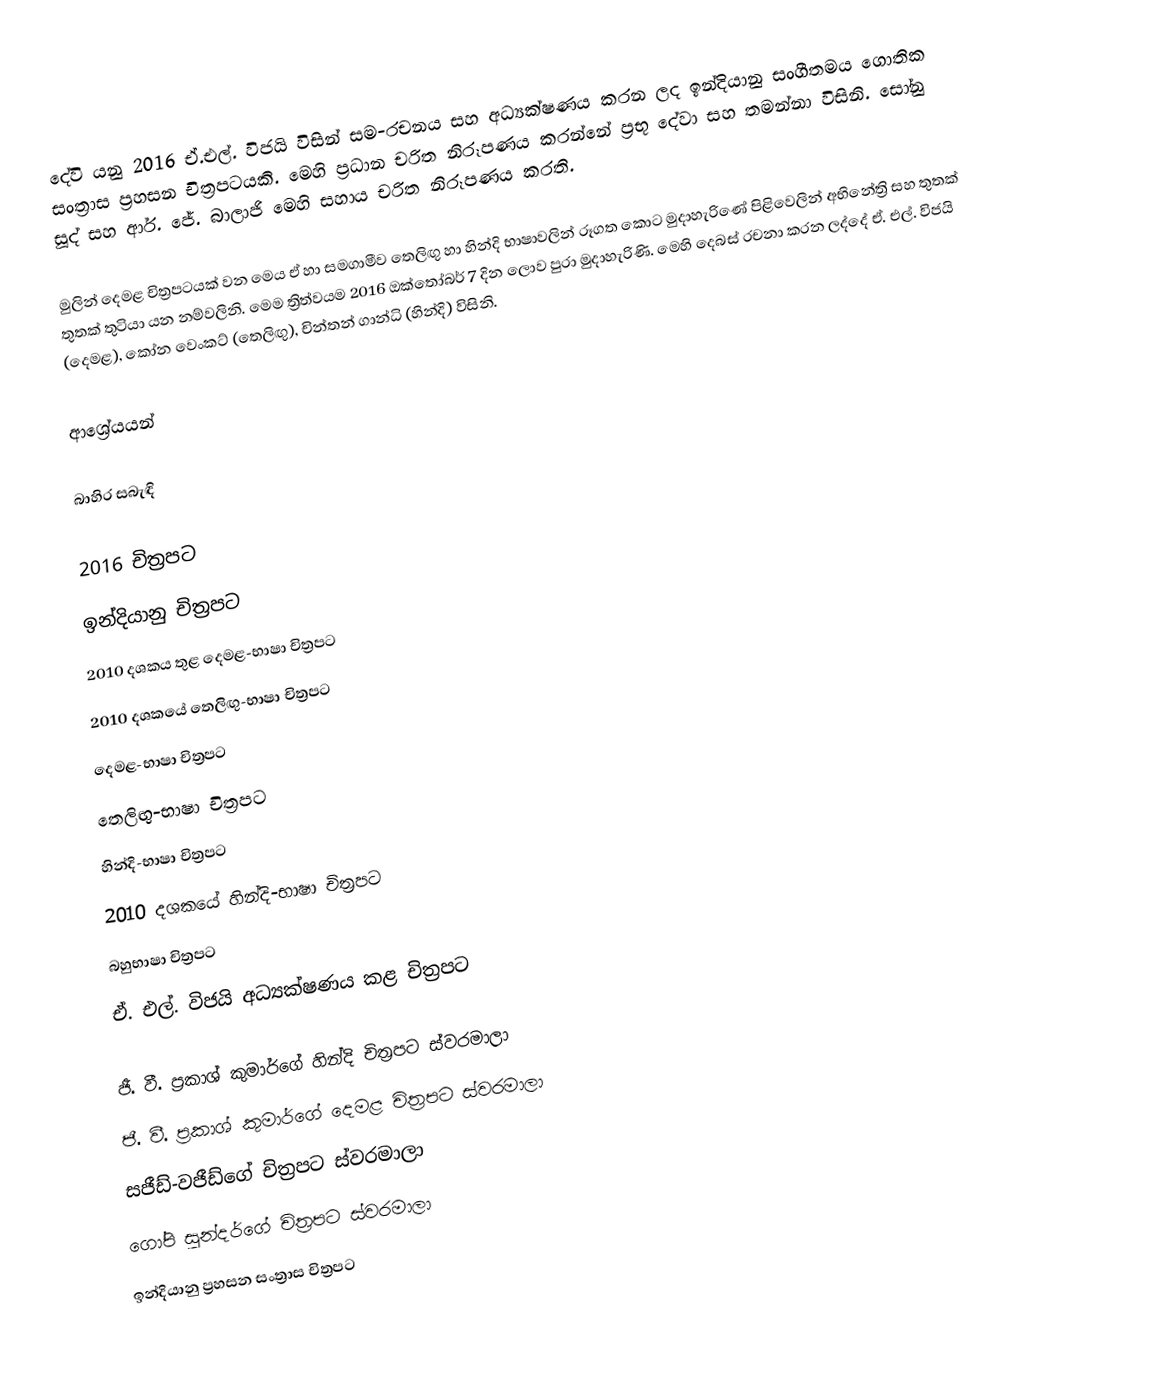
දේවි යනු 2016 ඒ.එල්. විජයි විසින් සම-රචනය සහ අධ්‍යක්ෂණය කරන ලද ඉන්දියානු සංගීතමය ගොතික සංත්‍රාස ප්‍රහසන චිත්‍රපටයකි. මෙහි ප්‍රධාන චරිත නිරූපණය කරන්නේ ප්‍රභූ දේවා සහ තමන්නා විසිනි. සෝනු සූද් සහ ආර්. ජේ. බාලාජි මෙහි සහාය චරිත නිරූපණය කරති.

මුලින් දෙමළ චිත්‍රපටයක් වන මෙය ඒ හා සමගාමීව තෙලිඟු හා හින්දි භාෂාවලින් රූගත කොට මුදාහැරිණේ පිළිවෙලින් අභිනේත්‍රි සහ තුතක් තුතක් තුටියා යන නම්වලිනි. මෙම ත්‍රිත්වයම 2016 ඔක්තෝබර් 7 දින ලොව පුරා මුදාහැරිණි. මෙහි දෙබස් රචනා කරන ලද්දේ ඒ. එල්. විජයි (දෙමළ), කෝන වෙංකට්  (තෙලිඟු), චින්තන් ගාන්ධි (හින්දි) විසිනි.

ආශ්‍රේයයන්

බාහිර සබැඳි

2016 චිත්‍රපට
ඉන්දියානු චිත්‍රපට
2010 දශකය තුළ දෙමළ-භාෂා චිත්‍රපට
2010 දශකයේ තෙලිඟු-භාෂා චිත්‍රපට
දෙමළ-භාෂා චිත්‍රපට
තෙලිඟු-භාෂා චිත්‍රපට
හින්දි-භාෂා චිත්‍රපට
2010 දශකයේ හින්දි-භාෂා චිත්‍රපට
බහුභාෂා චිත්‍රපට
ඒ. එල්. විජයි අධ්‍යක්ෂණය කළ චිත්‍රපට

ජී. වී. ප්‍රකාශ් කුමාර්ගේ හින්දි චිත්‍රපට ස්වරමාලා
ජී. වී. ප්‍රකාශ් කුමාර්ගේ දෙමළ චිත්‍රපට ස්වරමාලා
සජීඩ්-වජීඩ්ගේ චිත්‍රපට ස්වරමාලා
ගෝපි සුන්දර්ගේ චිත්‍රපට ස්වරමාලා
ඉන්දියානු ප්‍රහසන සංත්‍රාස චිත්‍රපට